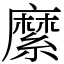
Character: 縻